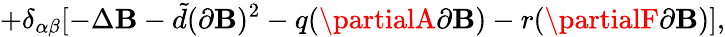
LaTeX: +\delta_{\alpha\beta}[-\Delta\mathbf{B}-{\tilde{{d}}}(\partial\mathbf{B})^{2}-q(\partialA\partial\mathbf{B})-r(\partialF\partial\mathbf{B})],